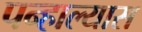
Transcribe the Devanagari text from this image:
पन्हाल्यास